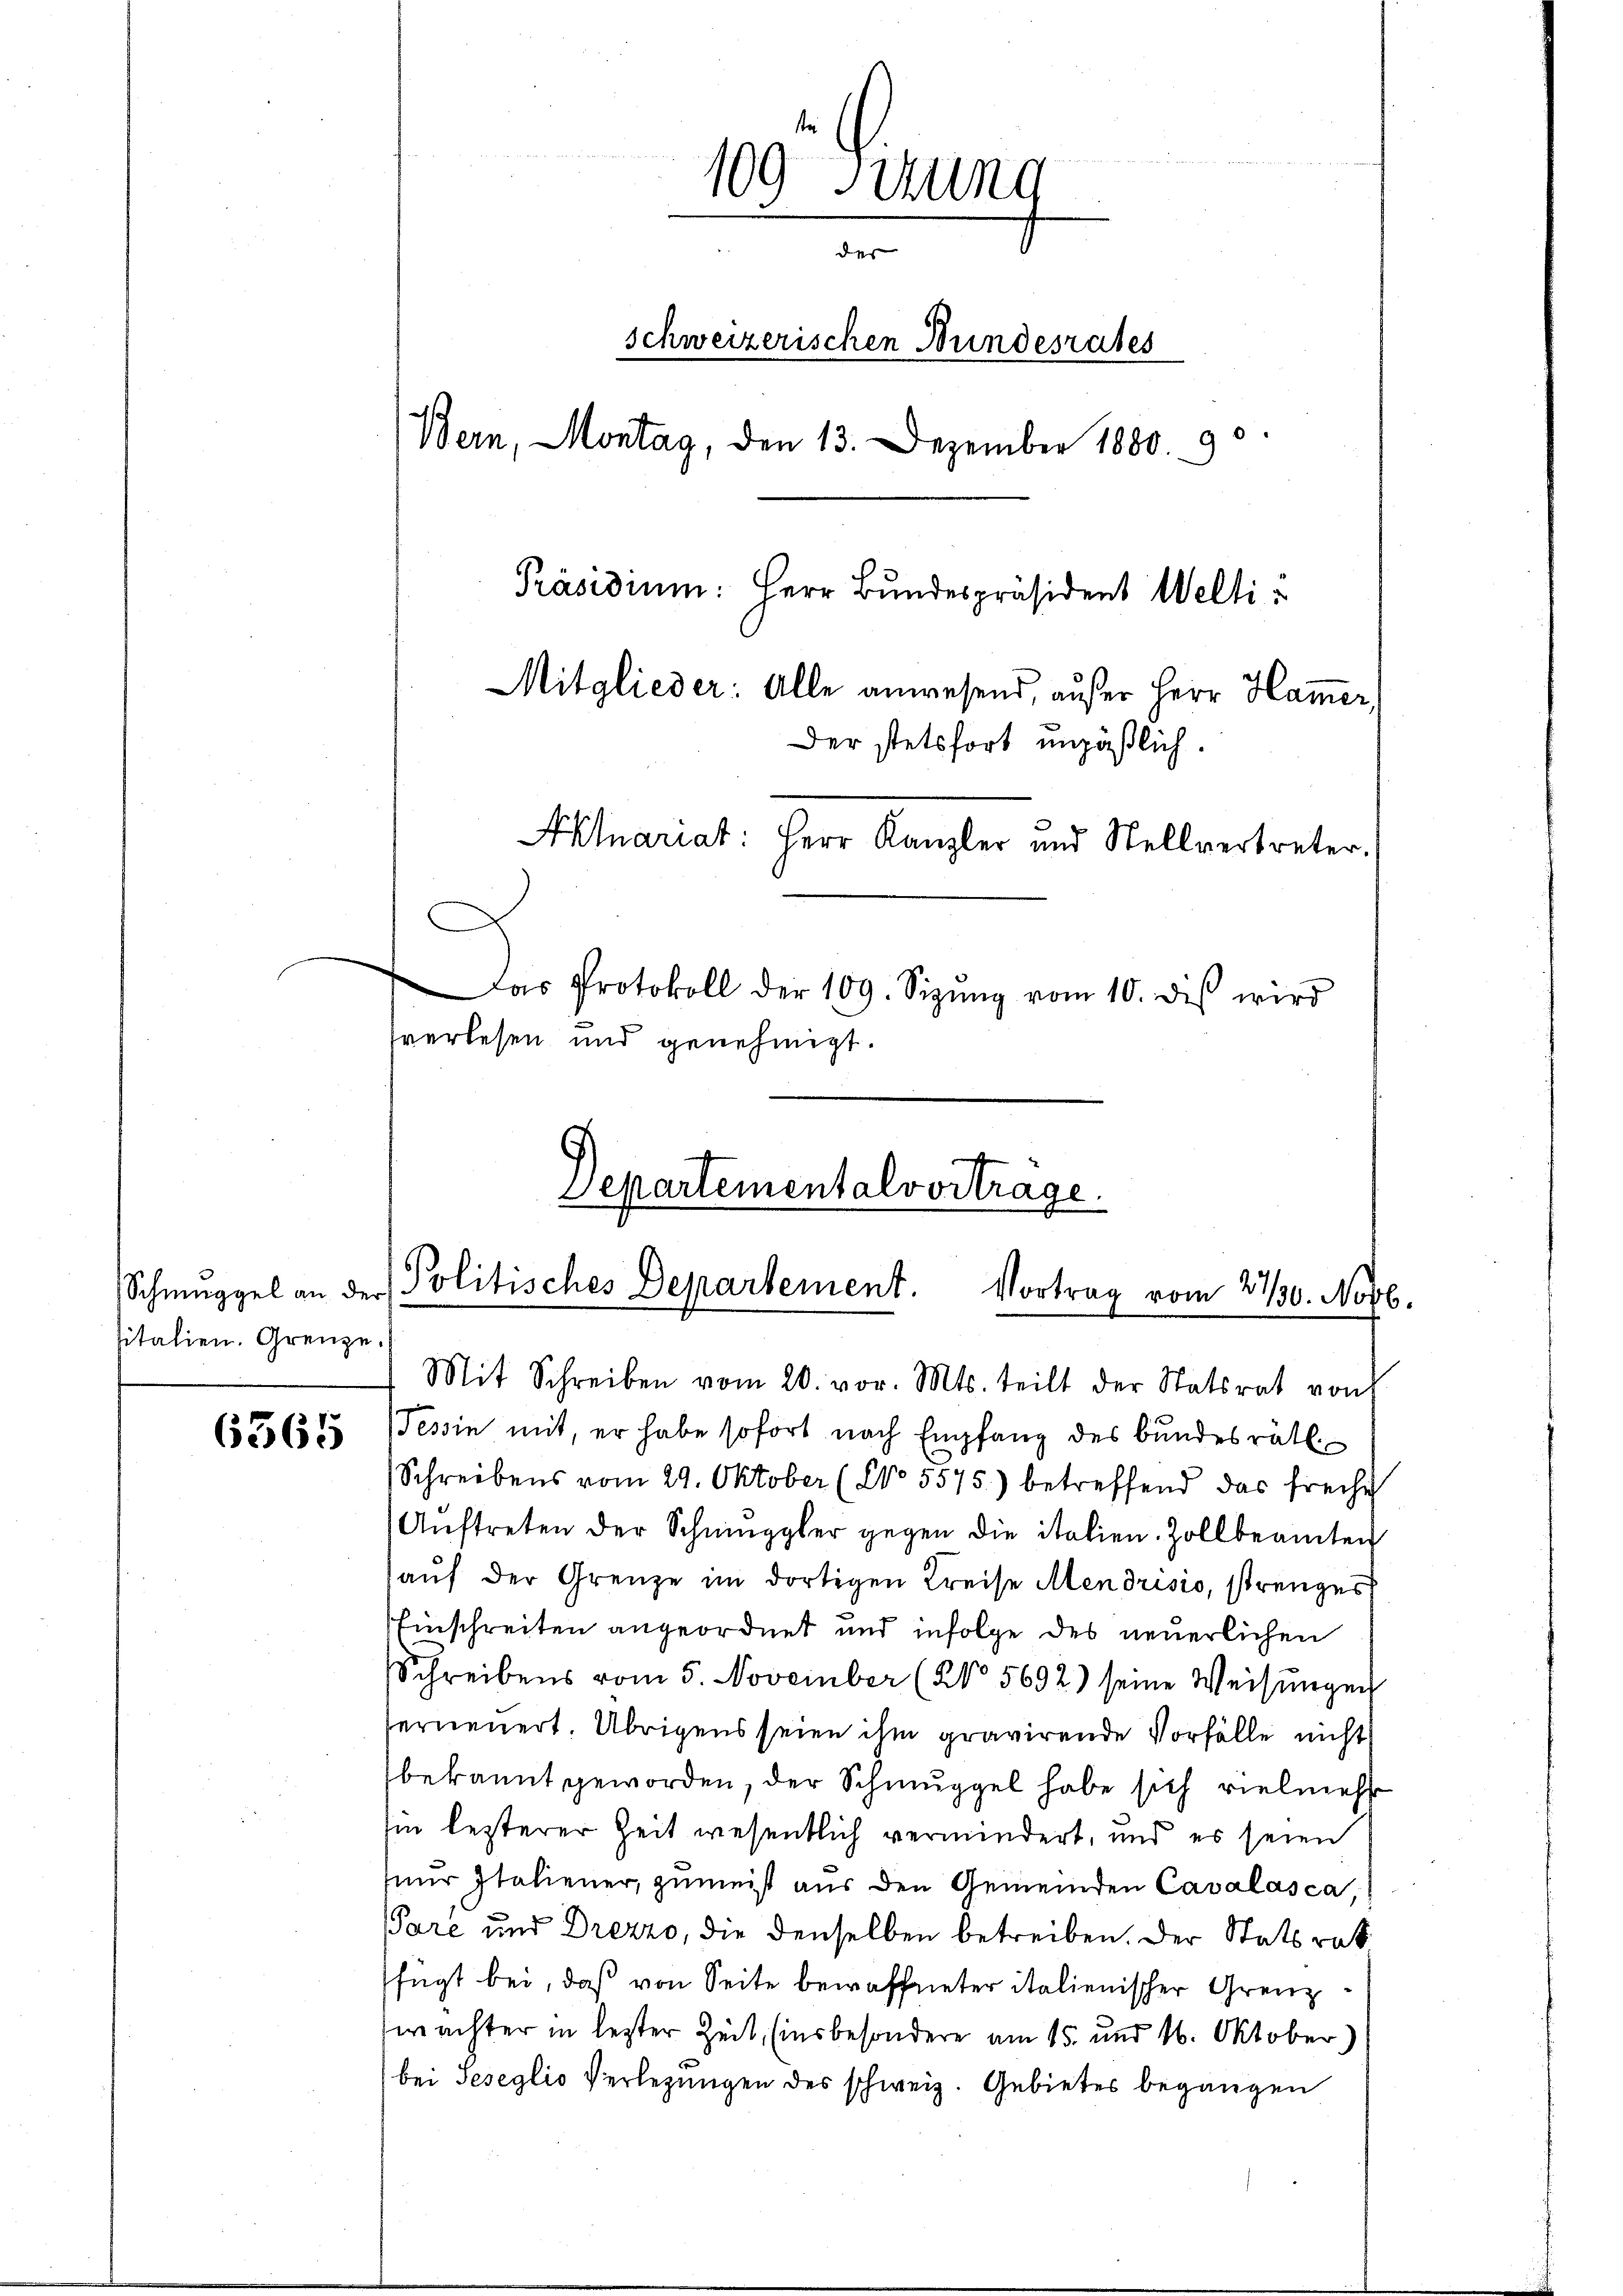
sitalien. Grenze.

6365

109 Sitzung
des
Schweizerischen Bundesrates
Bern, Montag, den 13. Dezember 1880. 90.
Präsidium: Herr Bundespräsident Welti
Mitglieder: Alle anwesend, außer Herr Ham̅er,
Der stetsfort unpäßlich.
Aktuariat: Herr Kanzler und Stellvertreter.
Das Protokoll der 109. Sizŭng vom 10. diβ wird
sverlesen und genehmigt.

Departementalvortrage.
Schmuggel an der Politisches Departement. Vortrag vom 21/30. Novb.

Mit Schreiben vom 20. vor. Mts. teilt der Statsrat von
Tessin mit, er habe sofort nach Empfang des Bundesrätl.
Schreibens vom 29. Oktober (No 5575) betreffend das freihe
Aŭftreten der Schmuggler gegen die italien. Zollbeamten
aŭf der Grenze im dortigen Kreise Mendrisio, strenges
Einschreiten angeordnet und infolge des neuerlichen
Schreibens vom 5. November (NNo. 5692) seine Weisungen
erneuert. Übrigens seien ihm gravirende Vorfälle nicht
bekannt geworden, der Schmuggel habe sich vielmehr
hin lezterer Zeit wesentlich vermindert, und es seien
nŭr Italiener, zumeist aus den Gemeinden Cavalásca
Pare und Drezzo, die denselben betreiben. Der Statsrat
fügt bei, daß von Seite bewaffneter italienischer Grenzwachter in lezter Zeit, (insbesondere am 15. und 16. Oktober)
bei Seseglio Verlegungen des schweiz. Gebietes begangen